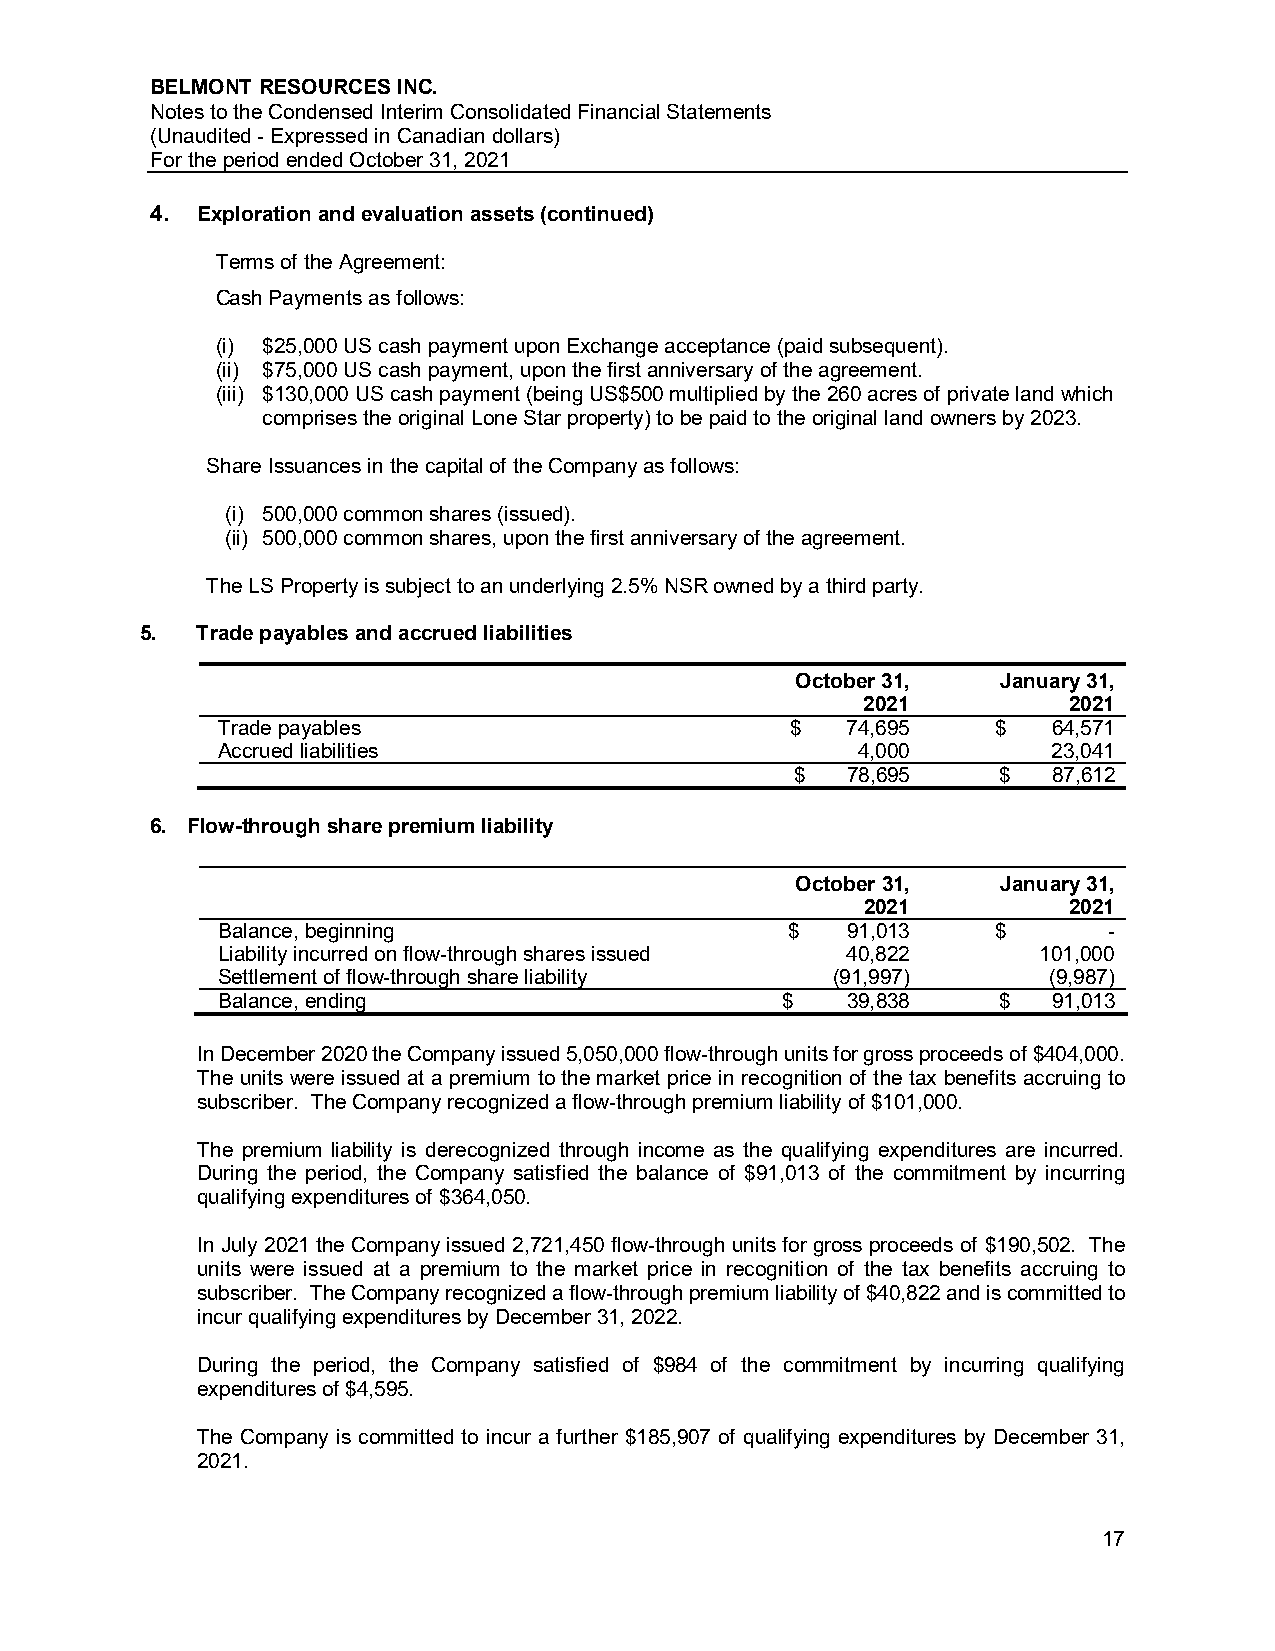
BELMONT RESOURCES INC.
 Notes to the Condensed Interim Consolidated Financial Statements
 (Unaudited - Expressed in Canadian dollars)
 For the period ended October 31, 2021
 4. Exploration and evaluation assets (continued)
 Terms of the Agreement:
 Cash Payments as follows:
 (i) $25,000 US cash payment upon Exchange acceptance (paid subsequent).
 (ii) $75,000 US cash payment, upon the first anniversary of the agreement.
 (iii) $130,000 US cash payment (being US$500 multiplied by the 260 acres of private land which
 comprises the original Lone Star property) to be paid to the original land owners by 2023.
 Share Issuances in the capital of the Company as follows:
 (i) 500,000 common shares (issued).
 (ii) 500,000 common shares, upon the first anniversary of the agreement.
 The LS Property is subject to an underlying 2.5% NSR owned by a third party.
 5.  Trade payables and accrued liabilities
 October 31,  January 31,
 2021          2021
 Trade payables                        $   74,695    $   64,571
 Accrued liabilities                        4,000        23,041
 $  78,695    $   87,612
 6. Flow-through share premium liability
 October 31,  January 31,
 2021          2021
 Balance, beginning                    $   91,013    $      -
 Liability incurred on flow-through shares issued 40,822 101,000
 Settlement of flow-through share liability (91,997)    (9,987)
 Balance, ending                       $   39,838    $   91,013
 In December 2020 the Company issued 5,050,000 flow-through units for gross proceeds of $404,000.
 The units were issued at a premium to the market price in recognition of the tax benefits accruing to
 subscriber. The Company recognized a flow-through premium liability of $101,000.
 The premium liability is derecognized through income as the qualifying expenditures are incurred.
 During the period, the Company satisfied the balance of $91,013 of the commitment by incurring
 qualifying expenditures of $364,050.
 In July 2021 the Company issued 2,721,450 flow-through units for gross proceeds of $190,502. The
 units were issued at a premium to the market price in recognition of the tax benefits accruing to
 subscriber. The Company recognized a flow-through premium liability of $40,822 and is committed to
 incur qualifying expenditures by December 31, 2022.
 During the period, the Company satisfied of $984 of the commitment by incurring qualifying
 expenditures of $4,595.
 The Company is committed to incur a further $185,907 of qualifying expenditures by December 31,
 2021.
 17